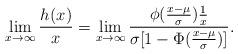
LaTeX: \begin{align*}\lim_{x\to\infty}\frac{h_{}(x)}{x}&=\lim_{x\to\infty}\frac{\phi(\frac{x-\mu}{\sigma})\frac{1}{x}}{\sigma[1-\Phi(\frac{x-\mu}{\sigma})]}.\end{align*}